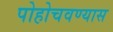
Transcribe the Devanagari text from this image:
पोहोचवण्यास